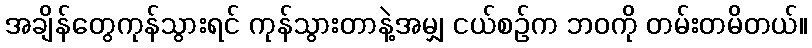
အချိန်တွေကုန်သွားရင် ကုန်သွားတာနဲ့အမျှ ငယ်စဉ်က ဘဝကို တမ်းတမိတယ်။